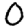
Digit: 0